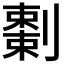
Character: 𠠅